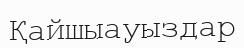
Қайшыауыздар